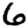
Digit: 6